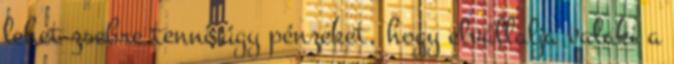
lehet zsebre tenni úgy pénzeket, hogy elvállalja valaki a